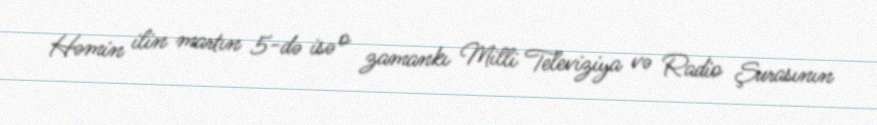
Həmin ilin martın 5-də isə o zamankı Milli Televiziya və Radio Şurasının